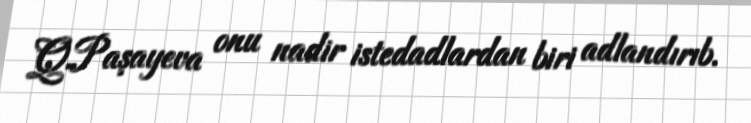
Q.Paşayeva onu nadir istedadlardan biri adlandırıb.